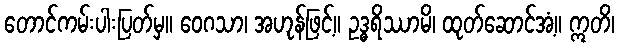
တောင်ကမ်းပါးပြတ်မှ။ ဝေဂသာ၊ အဟုန်ဖြင့်။ ဥဒ္ဓရိဿာမိ၊ ထုတ်ဆောင်အံ့။ ဣတိ၊